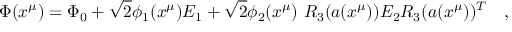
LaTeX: \Phi ( x ^ { \mu } ) = \Phi _ { 0 } + \sqrt { 2 } \phi _ { 1 } ( x ^ { \mu } ) E _ { 1 } + \sqrt { 2 } \phi _ { 2 } ( x ^ { \mu } ) ~ R _ { 3 } ( a ( x ^ { \mu } ) ) E _ { 2 } R _ { 3 } ( a ( x ^ { \mu } ) ) ^ { T } \quad ,